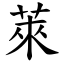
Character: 萊